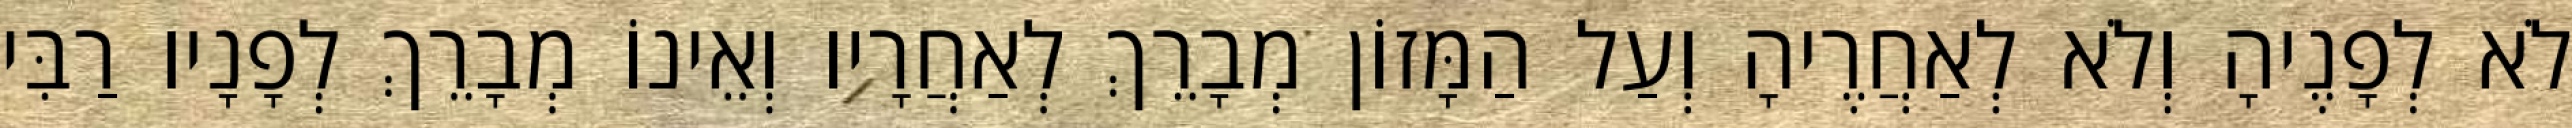
לֹא לְפָנֶיהָ וְלֹא לְאַחֲרֶיהָ וְעַל הַמָּזוֹן מְבָרֵךְ לְאַחֲרָיו וְאֵינוֹ מְבָרֵךְ לְפָנָיו רַבִּי